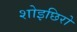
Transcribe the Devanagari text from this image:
शोइछिरो